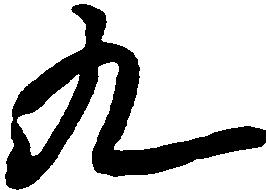
九